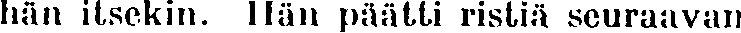
hän itsekin. Hän päätti ristiä seuraavan